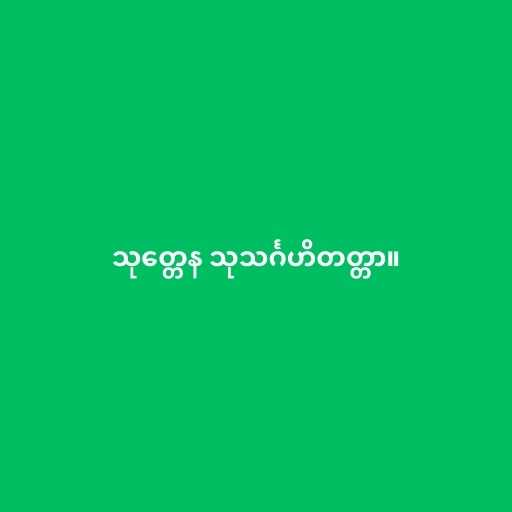
သုတ္တေန သုသင်္ဂဟိတတ္တာ။